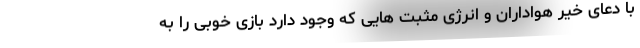
با دعای خیر هواداران و انرژی مثبت هایی که وجود دارد بازی خوبی را به